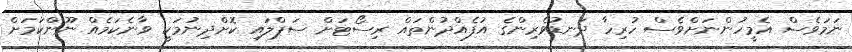
ނަމަވެސް އެމީހުންނަށްވެސް ހުރިހާ ދަނޑުވެރިންގެ އުފެއްދުންތައް ރިސޯޓަށް ސަޕްލައި ކޮށްދިނުމަކީ ވާނެކަމެއް ނޫންކަމަށް